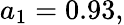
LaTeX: a_{1}=0.93,